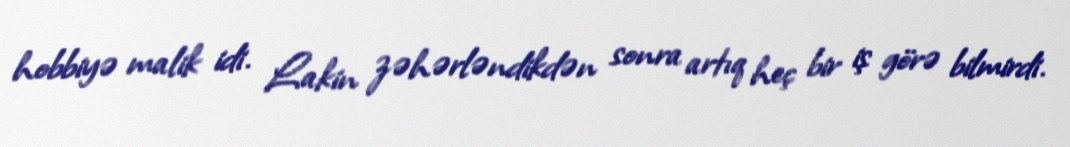
hobbiyə malik idi. Lakin zəhərləndikdən sonra artıq heç bir iş görə bilmirdi.